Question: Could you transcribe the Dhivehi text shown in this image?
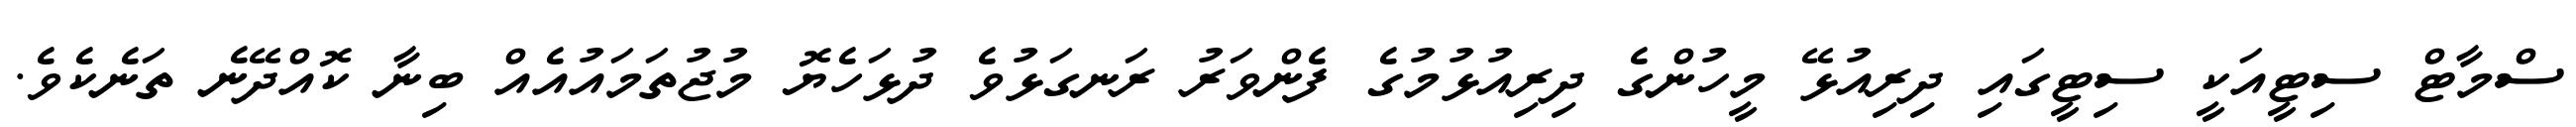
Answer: ސްމާޓް ސިޓީއަކީ ސިޓީގައި ދިރިއުޅޭ މީހުންގެ ދިރިއުޅުމުގެ ފެންވަރު ރަނގަޅުވެ ދުޅަހެޔޮ މުޖުތަމައުއެއް ބިނާ ކޮއްދޭނެ ތަނެކެވެ.